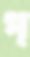
প্